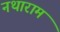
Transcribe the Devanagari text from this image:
नथाराम